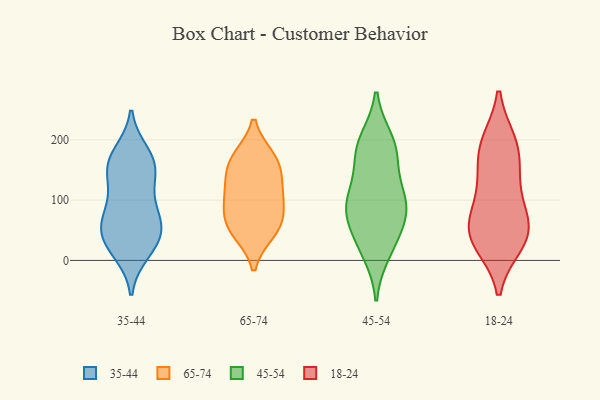
{"axis": {"x": "Humidity (%)", "y": "Value"}, "legend": ["18-24", "35-44", "45-54", "65-74"], "data": [{"x": "", "y": 124, "type": "35-44"}, {"x": "", "y": 48, "type": "35-44"}, {"x": "", "y": 98, "type": "35-44"}, {"x": "", "y": 167, "type": "35-44"}, {"x": "", "y": 152, "type": "35-44"}, {"x": "", "y": 177, "type": "35-44"}, {"x": "", "y": 163, "type": "35-44"}, {"x": "", "y": 14, "type": "35-44"}, {"x": "", "y": 64, "type": "35-44"}, {"x": "", "y": 24, "type": "35-44"}, {"x": "", "y": 73, "type": "35-44"}, {"x": "", "y": 149, "type": "35-44"}, {"x": "", "y": 27, "type": "35-44"}, {"x": "", "y": 65, "type": "35-44"}, {"x": "", "y": 48, "type": "35-44"}, {"x": "", "y": 158, "type": "65-74"}, {"x": "", "y": 87, "type": "65-74"}, {"x": "", "y": 168, "type": "65-74"}, {"x": "", "y": 47, "type": "65-74"}, {"x": "", "y": 124, "type": "65-74"}, {"x": "", "y": 121, "type": "65-74"}, {"x": "", "y": 170, "type": "65-74"}, {"x": "", "y": 94, "type": "65-74"}, {"x": "", "y": 61, "type": "65-74"}, {"x": "", "y": 51, "type": "65-74"}, {"x": "", "y": 88, "type": "45-54"}, {"x": "", "y": 98, "type": "45-54"}, {"x": "", "y": 106, "type": "45-54"}, {"x": "", "y": 187, "type": "45-54"}, {"x": "", "y": 85, "type": "45-54"}, {"x": "", "y": 31, "type": "45-54"}, {"x": "", "y": 91, "type": "45-54"}, {"x": "", "y": 198, "type": "45-54"}, {"x": "", "y": 161, "type": "45-54"}, {"x": "", "y": 14, "type": "45-54"}, {"x": "", "y": 184, "type": "45-54"}, {"x": "", "y": 47, "type": "45-54"}, {"x": "", "y": 77, "type": "18-24"}, {"x": "", "y": 50, "type": "18-24"}, {"x": "", "y": 30, "type": "18-24"}, {"x": "", "y": 48, "type": "18-24"}, {"x": "", "y": 185, "type": "18-24"}, {"x": "", "y": 125, "type": "18-24"}, {"x": "", "y": 57, "type": "18-24"}, {"x": "", "y": 194, "type": "18-24"}, {"x": "", "y": 188, "type": "18-24"}, {"x": "", "y": 29, "type": "18-24"}, {"x": "", "y": 132, "type": "18-24"}]}